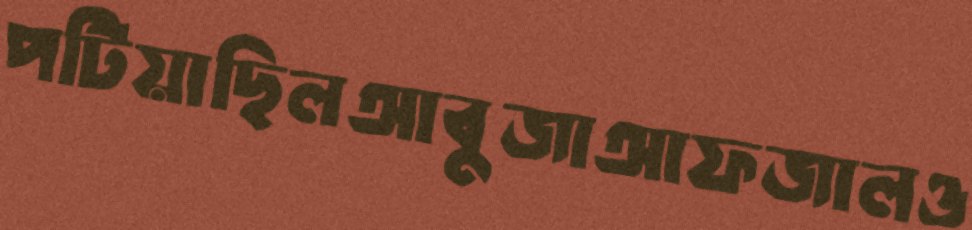
পটিয়াছিলআবুজাআফজালও